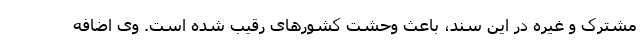
مشترک و غیره در این سند، باعث وحشت کشورهای رقیب شده است. وی اضافه